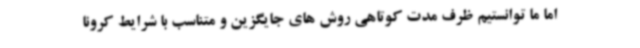
اما ما توانستیم ظرف مدت کوتاهی روش های جایگزین و متناسب با شرایط کرونا